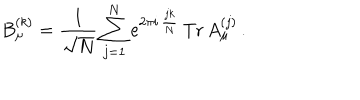
LaTeX: B _ { \mu } ^ { ( k ) } = { \frac { 1 } { \sqrt { N } } } \sum _ { j = 1 } ^ { N } e ^ { 2 \pi i \, { \frac { j k } { N } } } \, \mathrm { T r } \, A _ { \mu } ^ { ( j ) } \, .